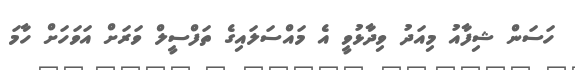
ހަސަން ޝިފާއު މިއަދު ވިދާޅުވީ އެ މައްސަލައިގެ ތަފްސީލް ވަރަށް އަވަހަށް ހާމަ